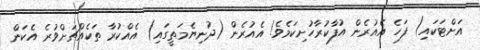
އަށްޓަކައި) ފަހެ އެއުރެން އުފާކުރާހުށިކަމެވެ! އެއުރެން (ދުނިޔެމަތީގައި) އެއްކުރާ ތަކެއްޗަށްވުރެ އެކަން